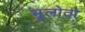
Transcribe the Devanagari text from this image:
भूलोतो